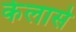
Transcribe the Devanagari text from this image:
केलासे